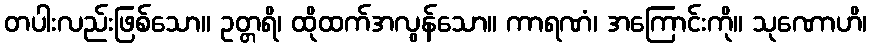
တပါးလည်းဖြစ်သော။ ဥတ္တရိ၊ ထိုထက်အလွန်သော။ ကာရဏံ၊ အကြောင်းကို။ သုဏောဟိ၊